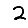
Digit: 2